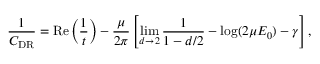
\frac { 1 } { C _ { \mathrm { D R } } } = \mathrm { R e } \left( \frac { 1 } { t } \right) - \frac { \mu } { 2 \pi } \left[ \operatorname * { l i m } _ { d \rightarrow 2 } \frac { 1 } { 1 - d / 2 } - \log ( 2 \mu E _ { 0 } ) - \gamma \right] ,